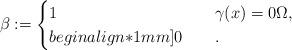
LaTeX: \begin{align*} \beta&:= \begin{cases}\displaystyle 1\quad& \gamma(x)=0\Omega,\\begin{align*}1mm] 0\quad& . \end{cases}\end{align*}